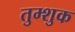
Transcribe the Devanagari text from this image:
तुम्शुक